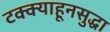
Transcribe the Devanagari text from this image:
टक्क्याहूनसुद्धा